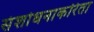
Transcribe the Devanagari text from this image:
संशोधनाकरिता